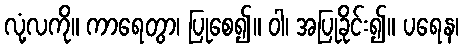
လုံ့လကို။ ကာရေတွာ၊ ပြုစေ၍။ ဝါ၊ အပြုခိုင်း၍။ ပရေန၊